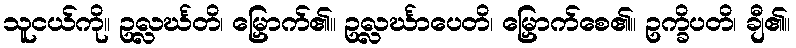
သူငယ်ကို။ ဥလ္လင်္ဃတိ၊ မြှောက်၏။ ဥလ္လင်္ဃာပေတိ၊ မြှောက်စေ၏။ ဥက္ခိပတိ၊ ချီ၏။